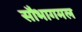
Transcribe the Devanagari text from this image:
सौभागमल